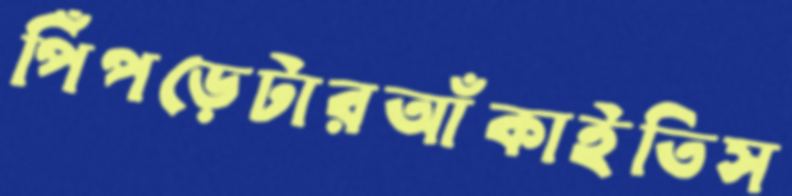
পিঁপড়েটারআঁকাইতিস